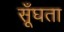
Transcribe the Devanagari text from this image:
सूँघता